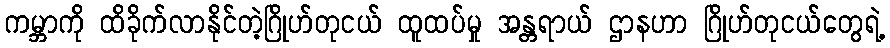
ကမ္ဘာကို ထိခိုက်လာနိုင်တဲ့ဂြိုဟ်တုငယ် ထူထပ်မှု အန္တရာယ် ဌာနဟာ ဂြိုဟ်တုငယ်တွေရဲ့